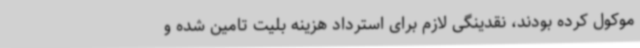
موکول کرده بودند، نقدینگی لازم برای استرداد هزینه بلیت تامین شده و